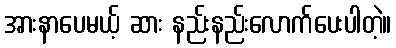
အားနာပေမယ့် ဆား နည်းနည်းလောက်ပေးပါတဲ့။